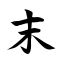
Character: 末